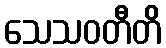
သေသဝတီတိ